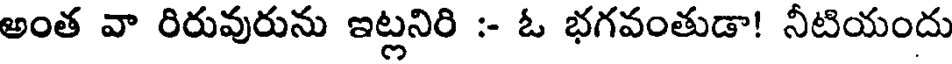
అంత వా రిరువురును ఇట్లనిరి :- ఓ భగవంతుడా! నీటియందు